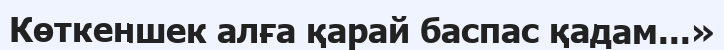
Көткеншек алға қарай баспас қадам...»